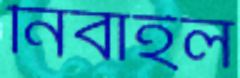
নিবাইল